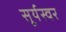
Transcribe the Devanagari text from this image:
सूर्यस्वर